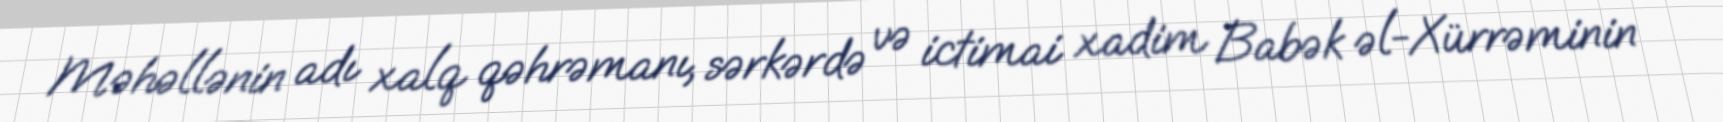
Məhəllənin adı xalq qəhrəmanı, sərkərdə və ictimai xadim Babək əl-Xürrəminin